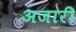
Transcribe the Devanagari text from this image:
अजारी